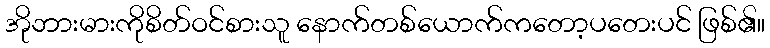
အိုဘားမားကိုစိတ်ဝင်စားသူ နောက်တစ်ယောက်ကတော့ပတေးပင် ဖြစ်၏။